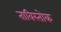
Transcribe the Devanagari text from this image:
ताविस्तोक